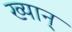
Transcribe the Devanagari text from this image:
ख्यान्